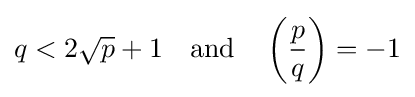
q<2{\sqrt {p}}+1\quad {\text{and}}\quad \left({\frac {p}{q}}\right)=-1